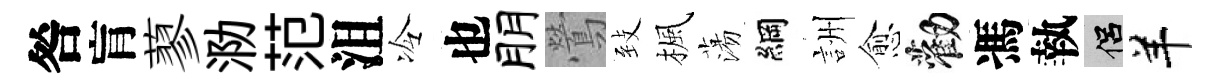
咎肓蓼泐范沮冷也朋鶯𦤺楓蕩綱詶愈勸馮執侣羊